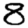
Digit: 8